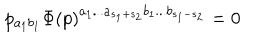
LaTeX: p _ { a _ { 1 } b _ { 1 } } \Phi \left( p \right) ^ { a _ { 1 } . . . a _ { s _ { 1 } + s _ { 2 } } b _ { 1 } . . . b _ { s _ { 1 } - s _ { 2 } } } = 0